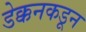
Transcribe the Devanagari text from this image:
डेक्कनकडून